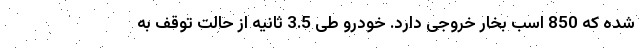
شده که 850 اسب بخار خروجی دارد. خودرو طی 3.5 ثانیه از حالت توقف به